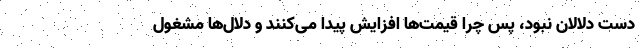
دست دلالان نبود، پس چرا قیمت‌ها افزایش پیدا می‌کنند و دلال‌ها مشغول